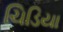
ચિડિયા